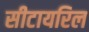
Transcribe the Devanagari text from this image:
सीटायरिल